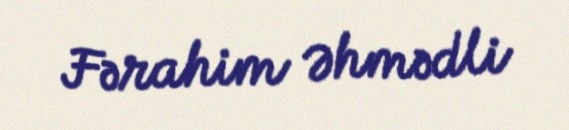
Fərahim Əhmədli